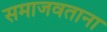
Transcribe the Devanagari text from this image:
समाजवताना